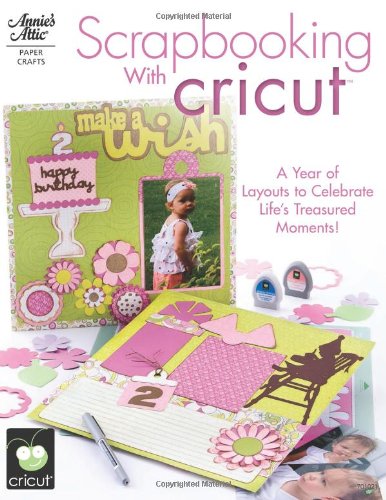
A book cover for Scrapbooking with Cricut (Annie's Attic: Paper Crafts); Crafts, Hobbies & Home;